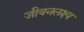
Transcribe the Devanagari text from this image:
जीवनलक्ष्य